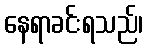
နေရာခင်းရသည်၊